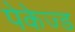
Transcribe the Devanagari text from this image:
पेकेज्ड